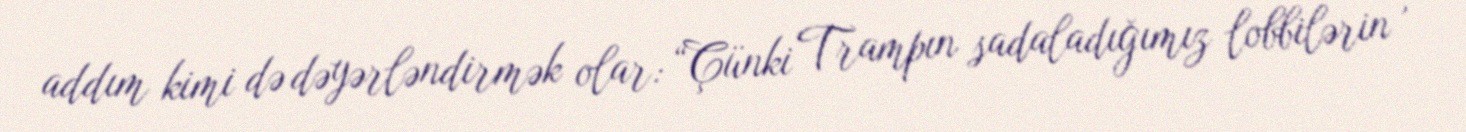
addım kimi də dəyərləndirmək olar: “Çünki Trampın sadaladığımız lobbilərin ,